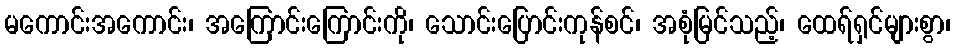
မကောင်းအကောင်း၊ အကြောင်းကြောင်းကို၊ သောင်းပြောင်းကုန်စင်၊ အစုံမြင်သည့်၊ ထေရ်ရှင်များစွာ၊